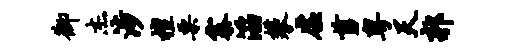
御杰涉檀栗寨滔攀虚剪粤天郭